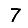
Digit: 7